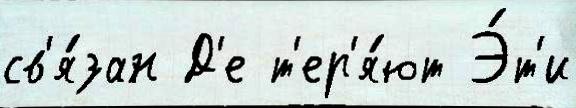
св'я́зан Д'е т'ер'я́ют Э́т'и